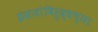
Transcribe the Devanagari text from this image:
इंग्रजांविरुद्धच्या